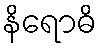
နိရောဓိ